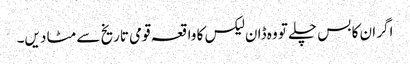
اگر ان کا بس چلے تو وہ ڈان لیکس کا واقعہ قومی تاریخ سے مٹا دیں۔